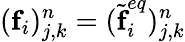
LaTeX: (\textbf{f}_{i})_{j,k}^{n}=(\widetilde{\textbf{f}}_{i}^{eq})_{j,k}^{n}